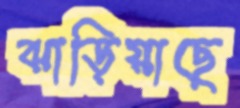
ঝাড়িয়াছে